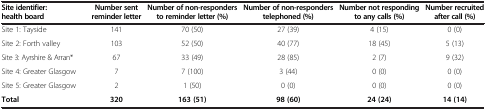
| Site identifier: health board | Number sent reminder letter | Number of non-responders to reminder letter (%) | Number of non-responders telephoned (%) | Number not responding to any calls (%) | Number recruited after call (%) |
 | --- | --- | --- | --- | --- | --- |
 | Site 1: Tayside | 141 | 70 (50) | 27 (39) | 4 (15) | 0 (0) |
 | Site 2: Forth valley | 103 | 52 (50) | 40 (77) | 18 (45) | 5 (13) |
 | Site 3: Ayrshire & Arran* | 67 | 33 (49) | 28 (85) | 2 (7) | 9 (32) |
 | Site 4: Greater Glasgow | 7 | 7 (100) | 3 (44) | 0 (0) | 0 (0) |
 | Site 5: Greater Glasgow | 2 | 1 (50) | 0 (0) | 0 (0) | 0 (0) |
 | Total | 320 | 163 (51) | 98 (60) | 24 (24) | 14 (14) |